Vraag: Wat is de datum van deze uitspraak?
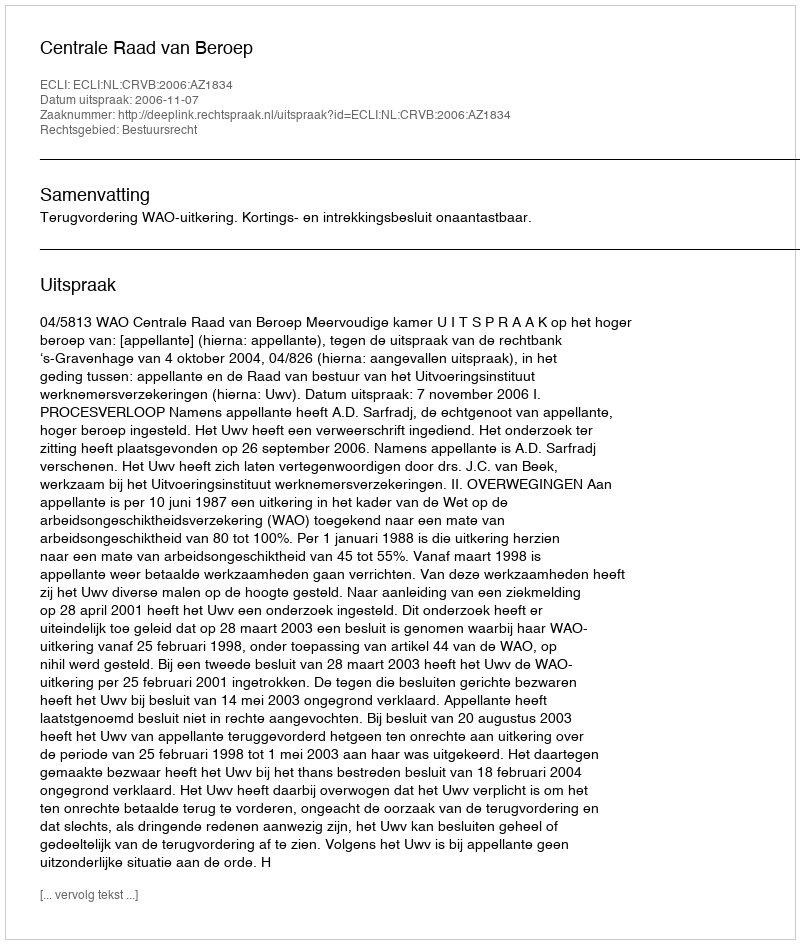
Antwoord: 2006-11-07